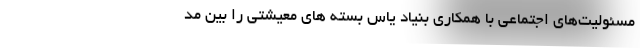
مسئولیت‌های اجتماعی با همکاری بنیاد یاس بسته های معیشتی را بین مد